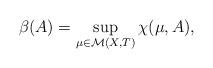
LaTeX: \begin{align*}\beta(A)=\sup_{\mu \in \mathcal{M}(X,T)}\chi(\mu, A),\end{align*}